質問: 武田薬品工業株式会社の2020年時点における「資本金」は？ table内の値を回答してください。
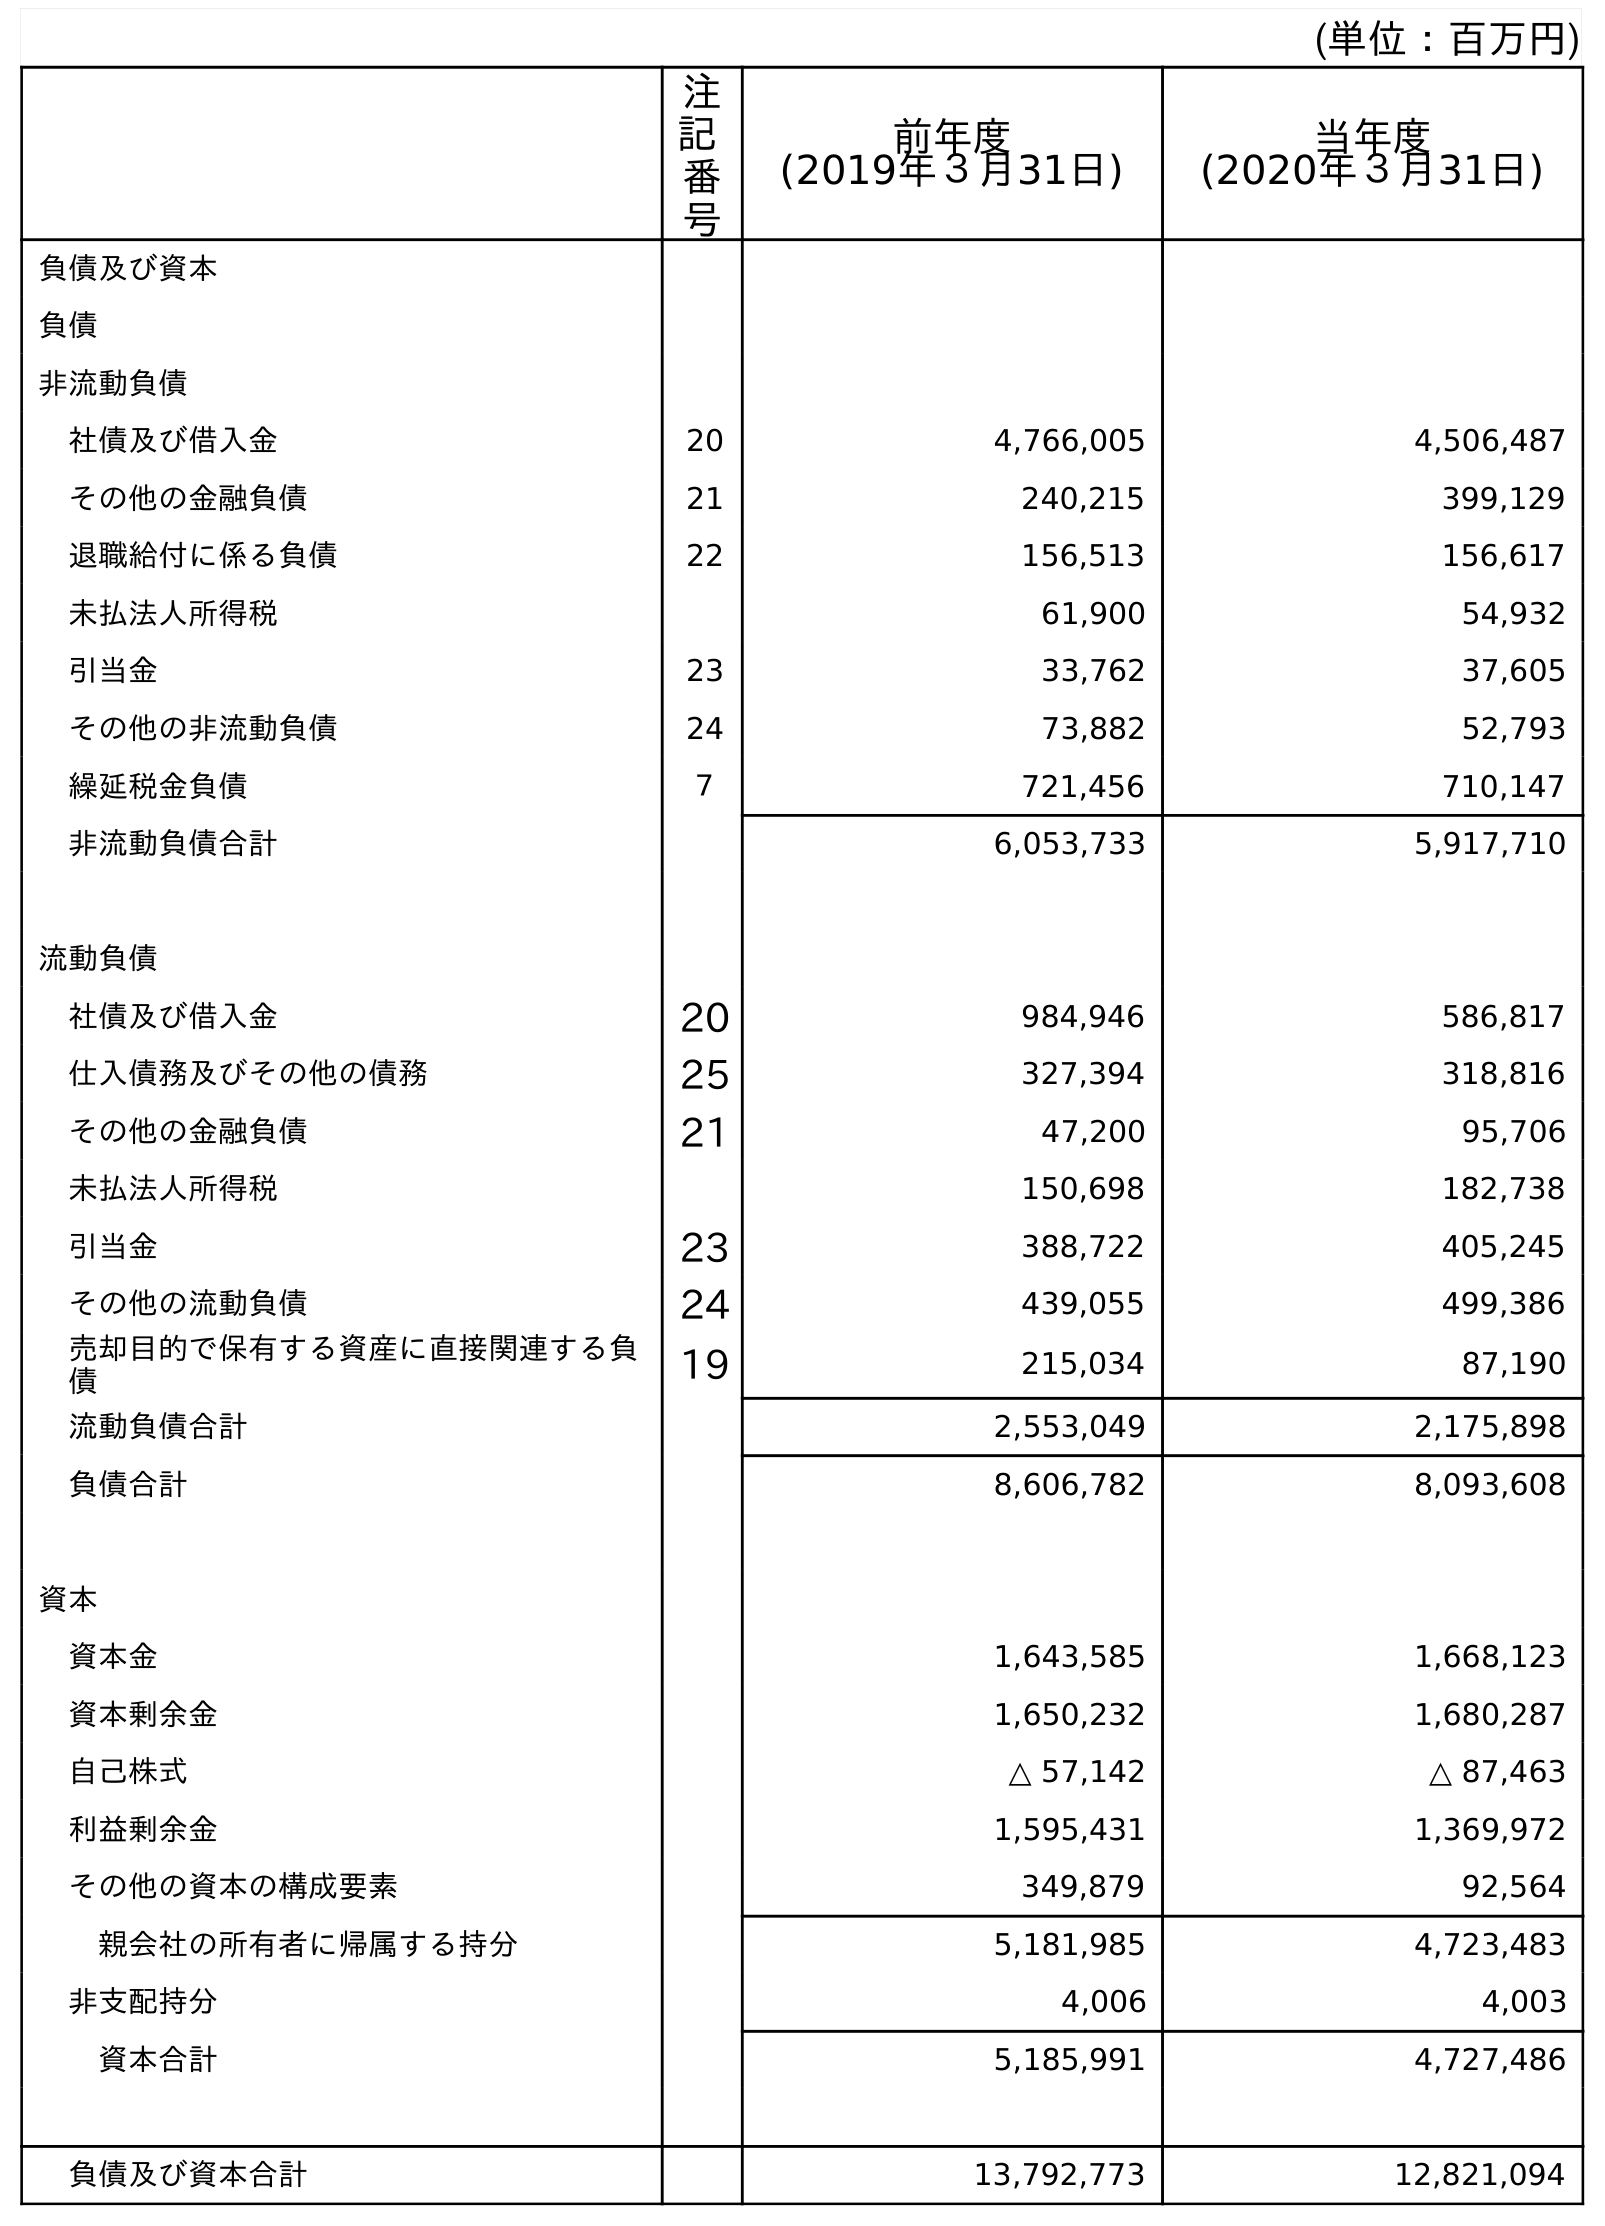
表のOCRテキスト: (単位：百万円) 注 記 番 号 前年度 (2019年３月31日) 当年度 (2020年３月31日) 負債及び資本 負債 非流動負債 社債及び借入金 20 4,766,005 4,506,487 その他の金融負債 21 240,215 399,129 退職給付に係る負債 22 156,513 156,617 未払法人所得税 61,900 54,932 引当金 23 33,762 37,605 その他の非流動負債 24 73,882 52,793 繰延税金負債 ７ 721,456 710,147 非流動負債合計 6,053,733 5,917,710 流動負債 社債及び借入金 20 984,946 586,817 仕入債務及びその他の債務 25 327,394 318,816 その他の金融負債 21 47,200 95,706 未払法人所得税 150,698 182,738 引当金 23 388,722 405,245 その他の流動負債 24 439,055 499,386 売却目的で保有する資産に直接関連する負 債 19 215,034 87,190 流動負債合計 2,553,049 2,175,898 負債合計 8,606,782 8,093,608 資本 資本金 1,643,585 1,668,123 資本剰余金 1,650,232 1,680,287 自己株式 △ 57,142 △ 87,463 利益剰余金 1,595,431 1,369,972 その他の資本の構成要素 349,879 92,564 親会社の所有者に帰属する持分 5,181,985 4,723,483 非支配持分 4,006 4,003 資本合計 5,185,991 4,727,486 負債及び資本合計 13,792,773 12,821,094
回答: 1,668,123